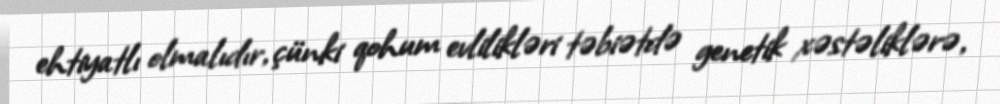
ehtiyatlı olmalıdır, çünki qohum evlilikləri təbiətdə genetik xəstəliklərə,